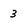
Character: 3